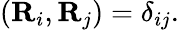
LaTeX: \begin{array}{r}{({\mathbf R}_{i},{\mathbf R}_{j})=\delta_{ij}.}\end{array}